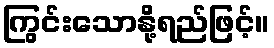
ကြွင်းသောနို့ရည်ဖြင့်။